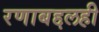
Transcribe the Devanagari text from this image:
रणाबद्दलही